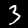
Digit: 3